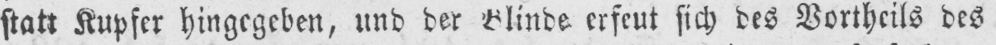
erfeut sich des Vortheils des